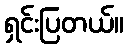
ရှင်းပြတယ်။